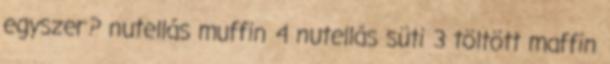
egyszer? nutellás muffin 4 nutellás süti 3 töltött maffin